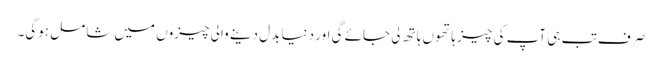
صرف تب ہی آپ کی چیز ہاتھوں ہاتھ لی جائے گی اور دنیا بدل دینے والی چیزوں میں شامل ہوگی۔